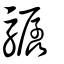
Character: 驏